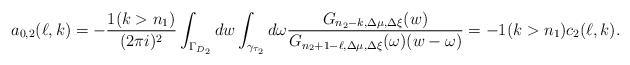
\begin{align*}a_{0,2}(\ell,k)=-\frac {1(k>n_1)}{(2\pi i)^2}\int_{\Gamma_{D_2}}dw\int_{\gamma_{\tau_2}}d\omega\frac{G_{n_2-k,\Delta\mu,\Delta\xi}(w)}{G_{n_2+1-\ell,\Delta\mu,\Delta\xi}(\omega)(w-\omega)}=-1(k>n_1)c_2(\ell,k).\end{align*}